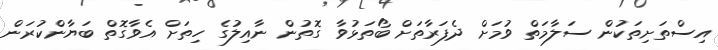
އިސްތަށިތަކުން ސަލާމަތް ވުމަށް ދެފަރާތަށް ބޯތަޅުވާ ގޮތުން ނާއިލުގެ ހިތަށް އެވާގޮތް ބަޔާންކުރަން